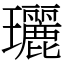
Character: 𤫟